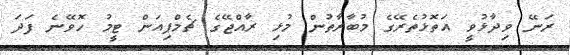
ރަނޭ ވިދާޅުވީ އަތޮޅުތެރޭގެ މުބާރާތުން މުޅި ރާއްޖޭގެ ޗެމްޕިއަން ޓީމު ހޮވޭނެ ފަދަ